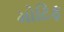
મોટિફ